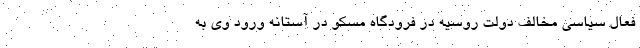
فعال سیاسی مخالف دولت روسیه در فرودگاه مسکو در آستانه ورود وی به